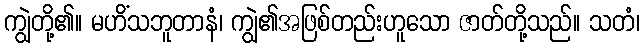
ကျွဲတို့၏။ မဟိံသဘူတာနံ၊ ကျွဲ၏အဖြစ်တည်းဟူသော ဇာတ်တို့သည်။ သတံ၊